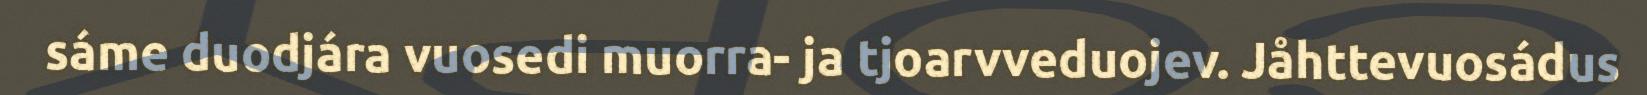
sáme duodjára vuosedi muorra- ja tjoarvveduojev. Jåhttevuosádus